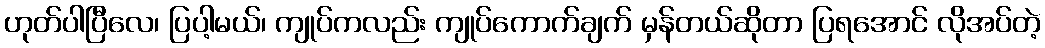
ဟုတ်ပါပြီလေ၊ ပြပါ့မယ်၊ ကျုပ်ကလည်း ကျုပ်ကောက်ချက် မှန်တယ်ဆိုတာ ပြရအောင် လိုအပ်တဲ့